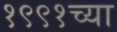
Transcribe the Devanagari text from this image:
१९९१च्या